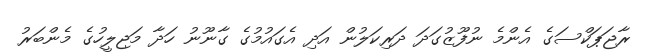
ރާޖަޕަކްސަގެ އެންމެ ނުފޫޒުގަދަ ދަރިކަލުން އަދި އެގައުމުގެ ގާނޫނު ހަދާ މަޖިލީހުގެ މެންބަރު